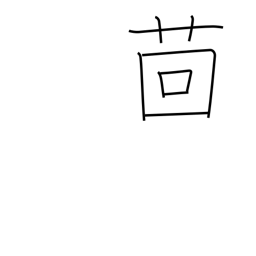
Meaning: fennel